Calcutta medical institutions reports 1892-1900
Year: 1892
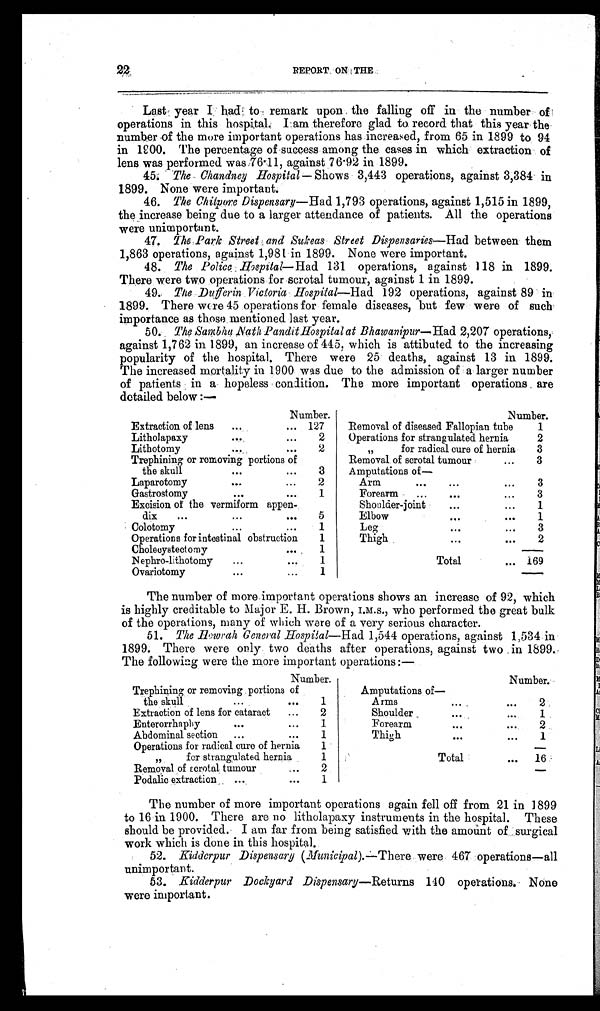
22
REPORT ON THE .
•
Last year had to remark upon the falling off in the number of
operations in this hospital. I am therefore glad to record that this year the
number of the more important operations has increased, from 65 in 1899 to 94
in 1900. The percentage of success among the cases in which extraction of
lens was performed was 76.11, against 76.92 in 1899.
45. The Chandney Hospital — Shows 3,443 operations, against 3,384 in
1899. None were important.
46. The Chitpore Dispensary—Had 1,793 operations, against 1,515 in 1899,
the increase being due to a larger attendance of patients. All the operations
were unimportant.
47. The Park Street and Sukeas Street Dispensaries— Had between them
1,863 operations, against 1,981 in 1899. None were important.
48. The Police Hospital— Had 131 operations, against 118 in 1899.
There were two operations for scrotal tumour, against 1 in 1899.
49. The Dufferi n Vi ct ori a Hospi t al — H a d
1 9 2 o p e r a t i o n s , a g a i n s t 8 9 i n
1899. There were 45 operations for female diseases, but few were of such
importance as those mentioned last year.
50. The Sambhu Nath Pandit Hospital at Bhawanipur—Had 2,207 operations,
against 1,762 in 1899, an increase of 445, which is attibuted to the increasing
popularity of the hospital. There were 25 deaths, against 13 in 1899.
The increased mortality in 1900 was due to the admission of a larger number
of patients in a hopeless condition. The more important operations are
detailed below :—
Number.
Number.
Extraction of lens
...
... 127
Removal of diseased Fallopian tube
1
Litholapaxy ... ...
2
Operations for strangulated hernia
2
Lithotomy ... ...
2
”
for radical cure of hernia
3
Trephining or removing portions of
the skull
. . . . . .
3
Removal of scrotal tumour
. . .
3
Amputations of
—
Laparotomy
...
...
2
Arm
...
...
. . .
3
Gastrostomy...
. . .
1
Forearm
...
...
. . .
3
Excision of the vermiform appen-
dix
...
• • . ...
5
Shoulder-joint
...
...
1
Elbow
...
. . .
1
Colotomy
... ...
1
Leg
...
. . .
3
Operations for intestinal obstruction
1
Thigh
...
...
2
Cholecystectomy
...
1
Total
... 169
Nephro-lithotomy
...
...
1
Ovariotomy
...
...
1
The number of more important operations shows an increase of 92, which
is highly creditable to Major E. H. Brown, I.M.S., who performed the great bulk
of the operations, many of which were of a very serious character.
51. The Howrah General Hospital—Had 1,544 operations, against 1,534 in
1899. There were only two deaths after operations, against two in 1899.
The following were the more important operations :—
Number.
Number.
Trephining or removing portions of
the skull
...
. . .
1
A m p u t a t i o n s o f —
A rms, ...
...
2
Extraction of lens for cataract
...
2
Shoulder...
. . .
1
Enterorrhaphy
...
. . .
1
Forearm...
. . .
2
Abdominal section
...
. . .
1
T h i g h . . .
. . .
1
Operations for radical cure of hernia
1
Total
. . . 16
”
for strangulated hernia
1
Removal of scrotal tumour
. . .
2
Podalic extraction , ...
. . .
1
The number of more important operations again fell off from 21 in 1899
to 16 in 1900. There are no litholapaxy instruments in the hospital. These
should be provided. I am far from being satisfied with the amount of surgical
work which is done in this hospital.
52. Kidderpur Dispensary (Municipal) .—There were 467 operations—all
unimportant.
53. Kidderpur Dockyard Dispensary— Returns 140 operations. None
were important.